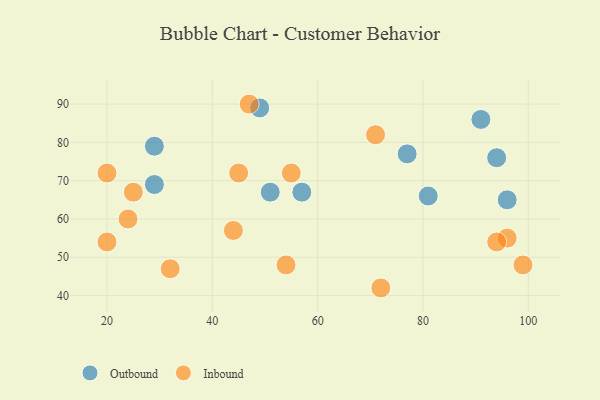
{"axis": {"x": "GDP", "y": "Life Expectancy"}, "legend": ["Inbound", "Outbound"], "data": [{"x": "29", "y": 69, "type": "Outbound"}, {"x": "57", "y": 67, "type": "Outbound"}, {"x": "81", "y": 66, "type": "Outbound"}, {"x": "91", "y": 86, "type": "Outbound"}, {"x": "94", "y": 76, "type": "Outbound"}, {"x": "29", "y": 79, "type": "Outbound"}, {"x": "49", "y": 89, "type": "Outbound"}, {"x": "77", "y": 77, "type": "Outbound"}, {"x": "51", "y": 67, "type": "Outbound"}, {"x": "96", "y": 65, "type": "Outbound"}, {"x": "55", "y": 72, "type": "Inbound"}, {"x": "96", "y": 55, "type": "Inbound"}, {"x": "54", "y": 48, "type": "Inbound"}, {"x": "20", "y": 72, "type": "Inbound"}, {"x": "44", "y": 57, "type": "Inbound"}, {"x": "24", "y": 60, "type": "Inbound"}, {"x": "47", "y": 90, "type": "Inbound"}, {"x": "20", "y": 54, "type": "Inbound"}, {"x": "94", "y": 54, "type": "Inbound"}, {"x": "45", "y": 72, "type": "Inbound"}, {"x": "99", "y": 48, "type": "Inbound"}, {"x": "72", "y": 42, "type": "Inbound"}, {"x": "71", "y": 82, "type": "Inbound"}, {"x": "25", "y": 67, "type": "Inbound"}, {"x": "32", "y": 47, "type": "Inbound"}]}